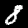
Digit: 8